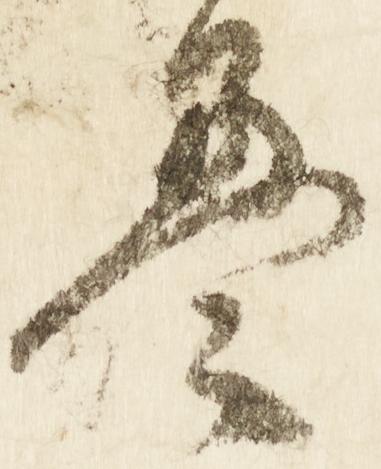
畳